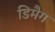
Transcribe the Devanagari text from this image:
डिमैग